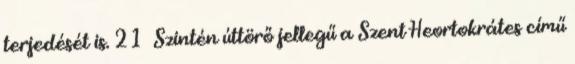
terjedését is. 21 Szintén úttörő jellegű a Szent Heortokrátes című